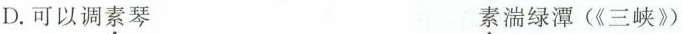
D.可以调素琴 素湍绿潭(《三峡》)